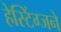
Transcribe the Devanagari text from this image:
हेस्टिंग्जने